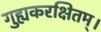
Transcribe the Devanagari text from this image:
गुह्यकरक्षितम्।